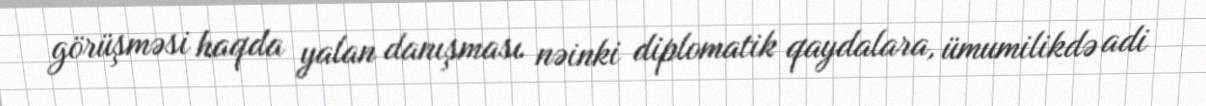
görüşməsi haqda yalan danışması nəinki diplomatik qaydalara, ümumilikdə adi